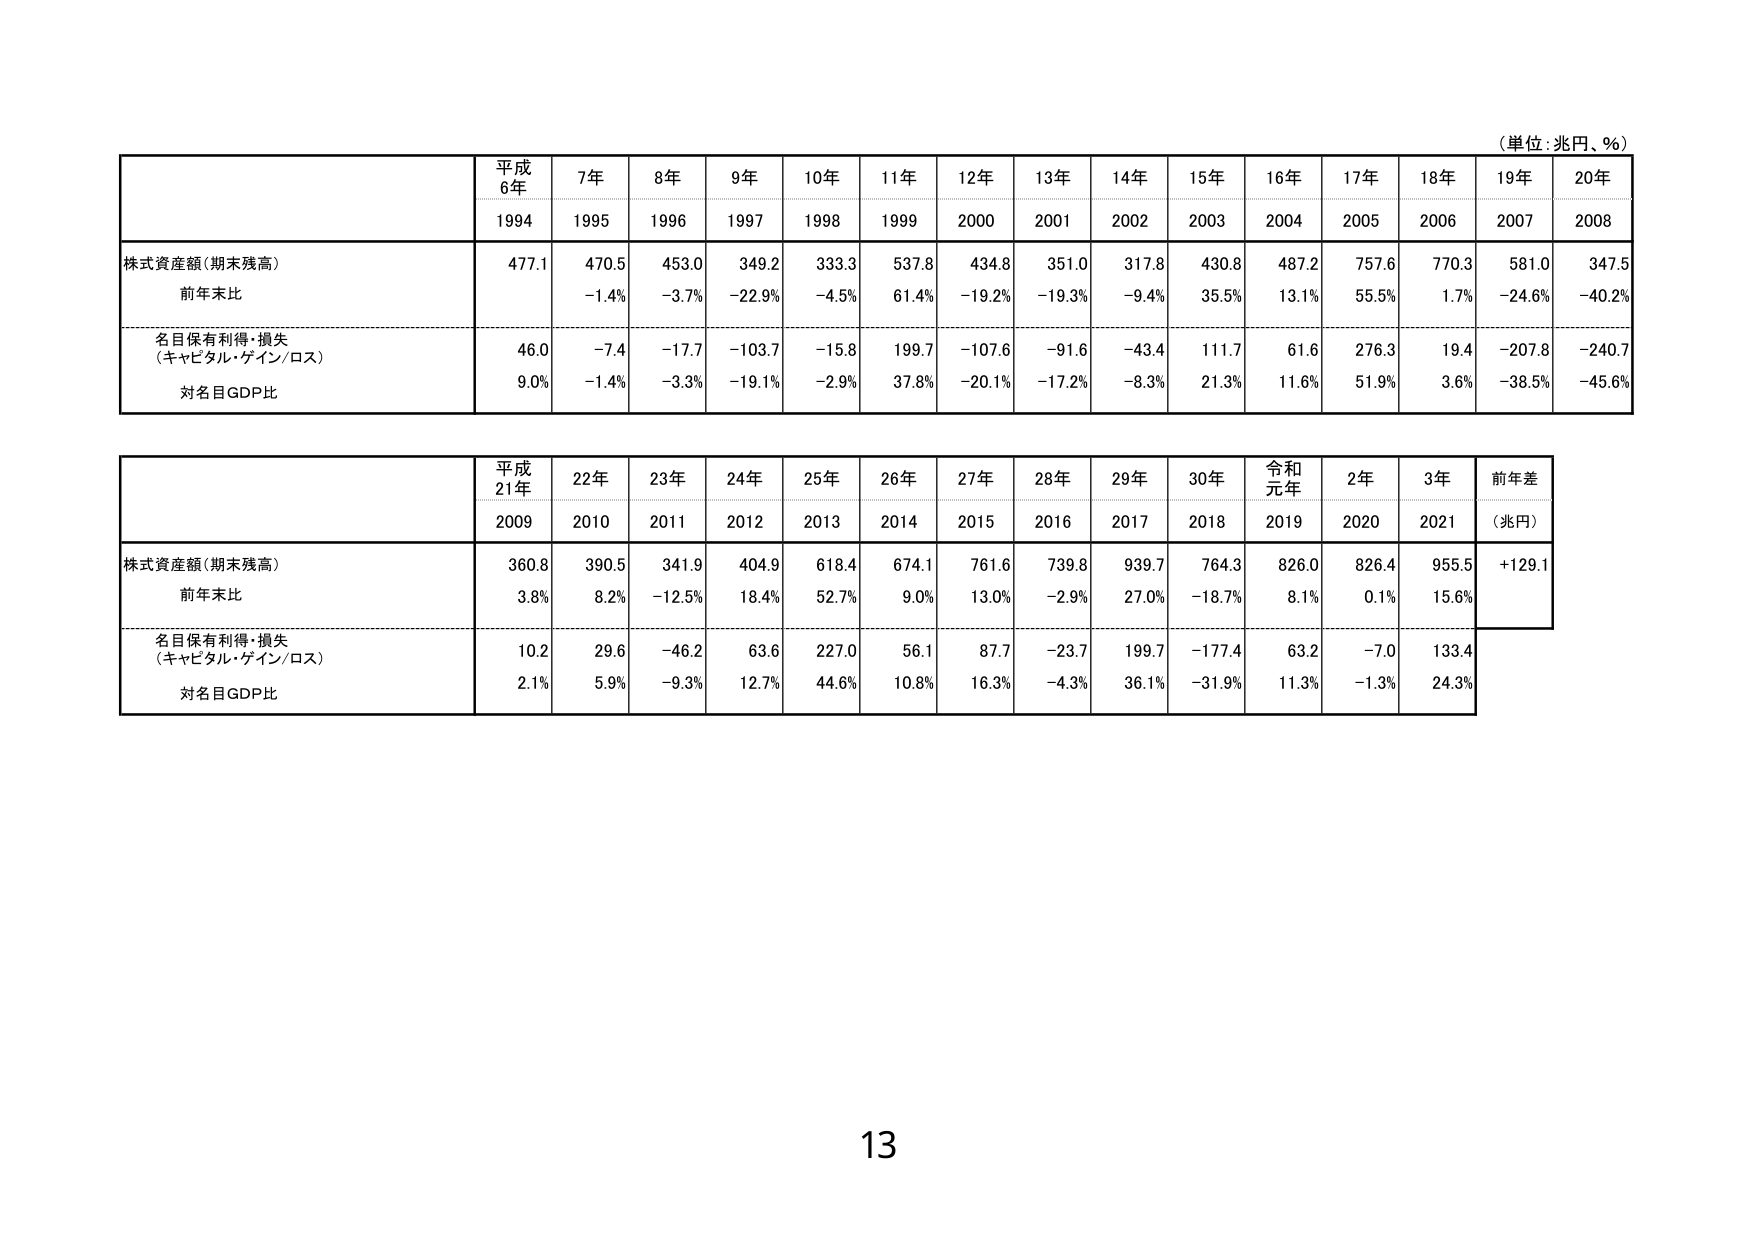
（単位：兆円、％）

平成
6年
1994
7年
1995
8年
1996
9年
1997
10年
1998
11年
1999
12年
2000
13年
2001
14年
2002
15年
2003
16年
2004
17年
2005
18年
2006
19年
2007
20年
2008

株式資産額（期末残高）
477.1
470.5
453.0
349.2
333.3
537.8
434.8
351.0
317.8
430.8
487.2
757.6
770.3
581.0
347.5

前年末比
－1.4％
－3.7％
－22.9％
－4.5％
61.4％
－19.2％
－19.3％
－9.4％
35.5％
13.1％
55.5％
1.7％
－24.6％
－40.2％

名目保有利得・損失
（キャピタル・ゲイン／ロス）
46.0
－7.4
－17.7
－103.7
－15.8
199.7
－107.6
－91.6
－43.4
111.7
61.6
276.3
19.4
－207.8
－240.7

対名目GDP比
9.0％
－1.4％
－3.3％
－19.1％
－2.9％
37.8％
－20.1％
－17.2％
－8.3％
21.3％
11.6％
51.9％
3.6％
－38.5％
－45.6％

平成
21年
2009
22年
2010
23年
2011
24年
2012
25年
2013
26年
2014
27年
2015
28年
2016
29年
2017
30年
2018
令和
元年
2019
2年
2020
3年
2021
前年差
（兆円）

株式資産額（期末残高）
360.8
390.5
341.9
404.9
618.4
674.1
761.6
739.8
939.7
764.3
826.0
826.4
955.5
＋129.1

前年末比
3.8％
8.2％
－12.5％
18.4％
52.7％
9.0％
13.0％
－2.9％
27.0％
－18.7％
8.1％
0.1％
15.6％

名目保有利得・損失
（キャピタル・ゲイン／ロス）
10.2
29.6
－46.2
63.6
227.0
56.1
87.7
－23.7
199.7
－177.4
63.2
－7.0
133.4

対名目GDP比
2.1％
5.9％
－9.3％
12.7％
44.6％
10.8％
16.3％
－4.3％
36.1％
－31.9％
11.3％
－1.3％
24.3％

13